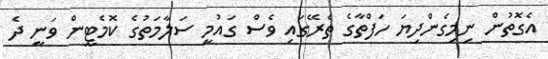
އެގޮތުން ނިމިގެންދިޔަ ހަފްތާގެ ތެރޭގައި ވެސް ގައުމީ ސަލާމަތުގެ ކޮމެޓީން ވަނީ ދެ